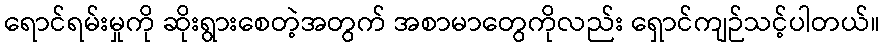
ရောင်ရမ်းမှုကို ဆိုးရွားစေတဲ့အတွက် အစာမာတွေကိုလည်း ရှောင်ကျဉ်သင့်ပါတယ်။